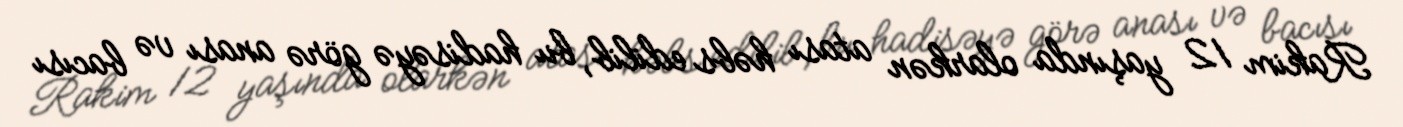
Rakim 12 yaşında olarkən atası həbs edilib, bu hadisəyə görə anası və bacısı